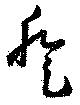
登